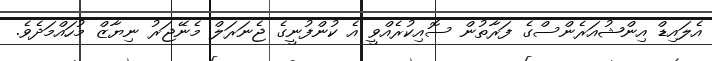
އެލައިޑް އިންޝުއަރެންސްގެ ފަރާތުން ސޮއިކުރެއްވީ އެ ކުންފުނީގެ ޖެނަރަލް މެނޭޖަރު ނިޔާޒް މުހައްމަދެވެ.